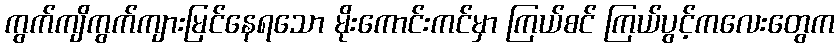
ကွက်ကျိကွက်ကျားမြင်နေရသော မိုးကောင်းကင်မှာ ကြယ်စင် ကြယ်ပွင့်ကလေးတွေက